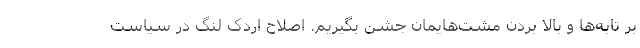
بر تابه‌ها و بالا بردن مشت‌هایمان جشن بگیریم. اصلاح اردک لنگ در سیاست